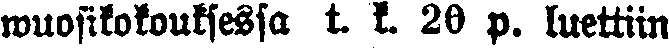
wuosikokouksessa t. k. 29 p. luettiin